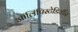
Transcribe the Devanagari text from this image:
ऑलिंपिस्टेडियॉन